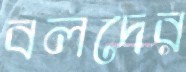
বলদের